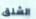
الشنق